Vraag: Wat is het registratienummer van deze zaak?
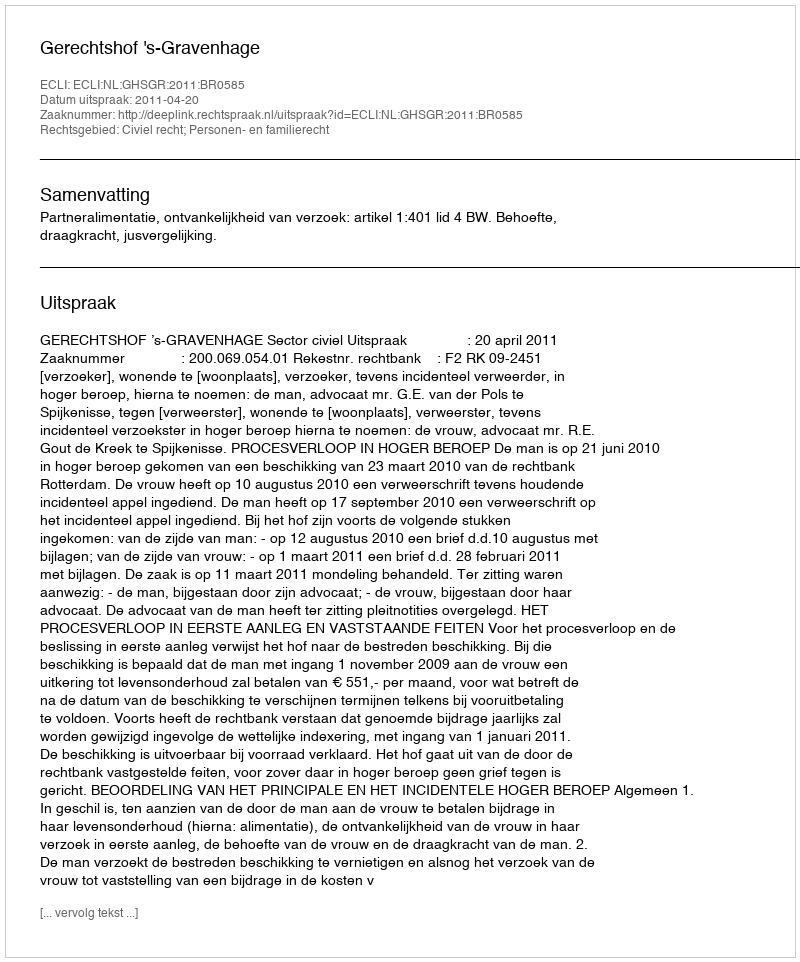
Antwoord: http://deeplink.rechtspraak.nl/uitspraak?id=ECLI:NL:GHSGR:2011:BR0585